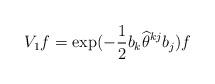
LaTeX: \begin{align*}V_{1}f=\exp (-\frac{1}{2}b_{k}\widehat{\theta }^{kj}b_{j})f\end{align*}